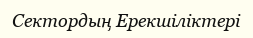
Сектордың Ерекшіліктері